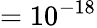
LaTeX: =10^{-18}